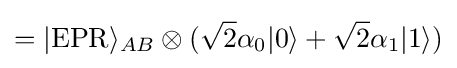
=|{\text{EPR}}\rangle _{AB}\otimes ({\sqrt {2}}\alpha _{0}|0\rangle +{\sqrt {2}}\alpha _{1}|1\rangle )